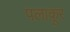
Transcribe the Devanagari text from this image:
पलाकूर